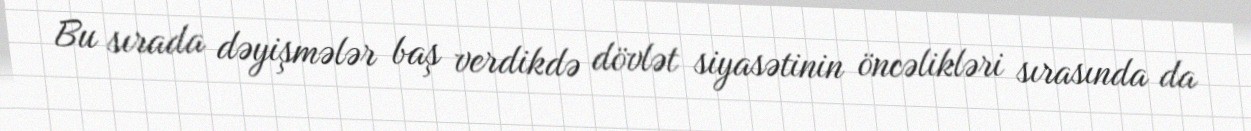
Bu sırada dəyişmələr baş verdikdə dövlət siyasətinin öncəlikləri sırasında da